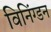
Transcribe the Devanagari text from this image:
विनिंग्डन